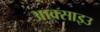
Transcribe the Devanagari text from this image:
आक्साइउ